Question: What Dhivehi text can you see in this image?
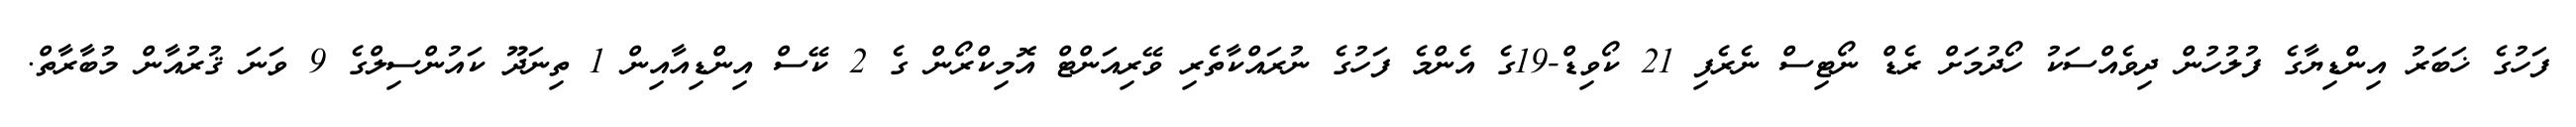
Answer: ފަހުގެ ޚަބަރު އިންޑިޔާގެ ފުލުހުން ދިވެއްސަކު ހޯދުމަށް ރެޑް ނޯޓިސް ނެރެފި 21 ކޯވިޑް-19ގެ އެންމެ ފަހުގެ ނުރައްކާތެރި ވޭރިއަންޓް އޮމިކްރޯން ގެ 2 ކޭސް އިންޑިއާއިން 1 ތިނަދޫ ކައުންސިލްގެ 9 ވަނަ ޤުރުއާން މުބާރާތް.